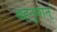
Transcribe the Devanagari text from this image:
बहनुमान्